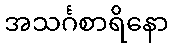
အသင်္ဂစာရိနော